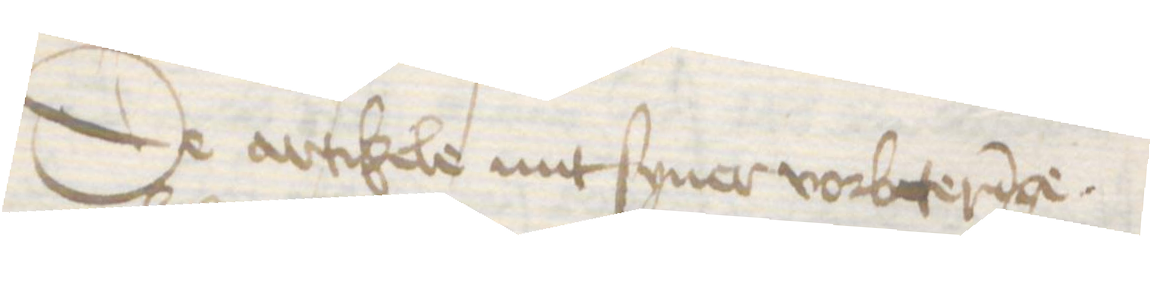
De artikele mit syner vorbeteringe.